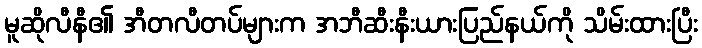
မူဆိုလီနီ၏ အီတလီတပ်များက အဘီဆီးနီးယားပြည်နယ်ကို သိမ်းထားပြီး